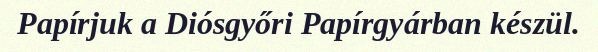
Papírjuk a Diósgyőri Papírgyárban készül.